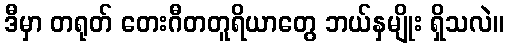
ဒီမှာ တရုတ် တေးဂီတတူရိယာတွေ ဘယ်နှမျိုး ရှိသလဲ။